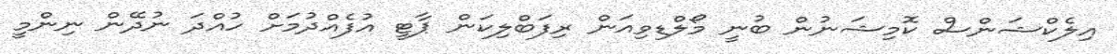
އިލެކްޝަންސް ކޮމިޝަނުން ބުނީ މޯލްޑިވިއަން ރިފަބްލިކަން ޕާޓީ އުފެއްދުމަށް ހުއްދަ ނުދޭން ނިންމީ